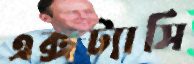
এক্সট্যাসি